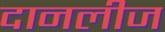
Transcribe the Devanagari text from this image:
दानलीज